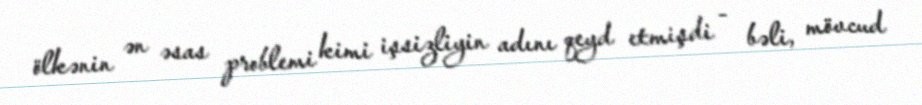
ölkənin ən əsas problemi kimi işsizliyin adını qeyd etmişdi - bəli, mövcud